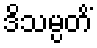
ဒိသမ္ပတိံ